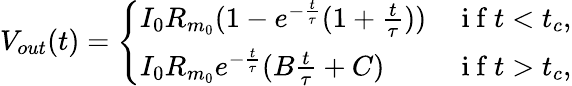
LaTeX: V_{out}(t)=\left\{ \begin{array}{ll}{I_{0}R_{m_{0}}(1-e^{-\frac{t}{\tau}}(1+\frac{t}{\tau}))}&{\mathrm{~i~f~}t<t_{c},}\\ {I_{0}R_{m_{0}}e^{-\frac{t}{\tau}}(B\frac{t}{\tau}+C)}&{\mathrm{~i~f~}t>t_{c},}\end{array}\right.